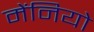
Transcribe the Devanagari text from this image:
मेंनियो